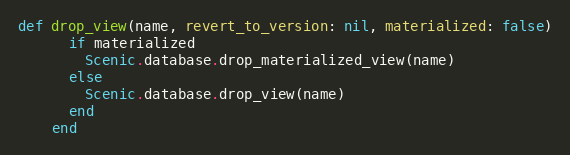
Language: Ruby
def drop_view(name, revert_to_version: nil, materialized: false)
      if materialized
        Scenic.database.drop_materialized_view(name)
      else
        Scenic.database.drop_view(name)
      end
    end